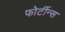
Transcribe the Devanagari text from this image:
फोर्टीन्स